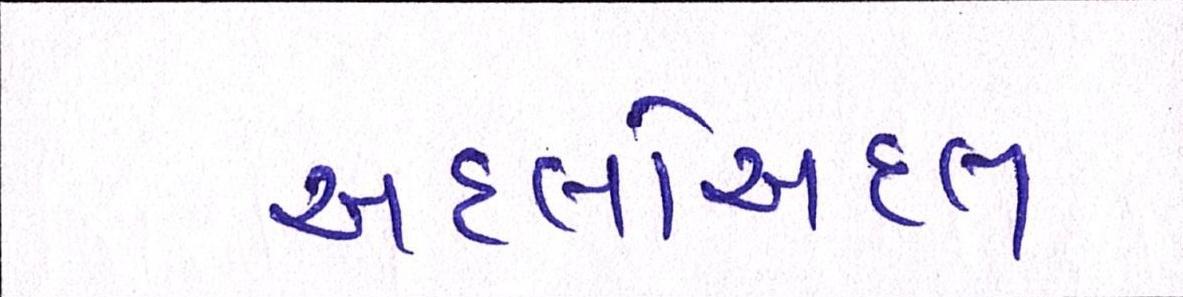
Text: અદલોઅદલ